Report on the Nagpur School of Medicine, Central Provinces
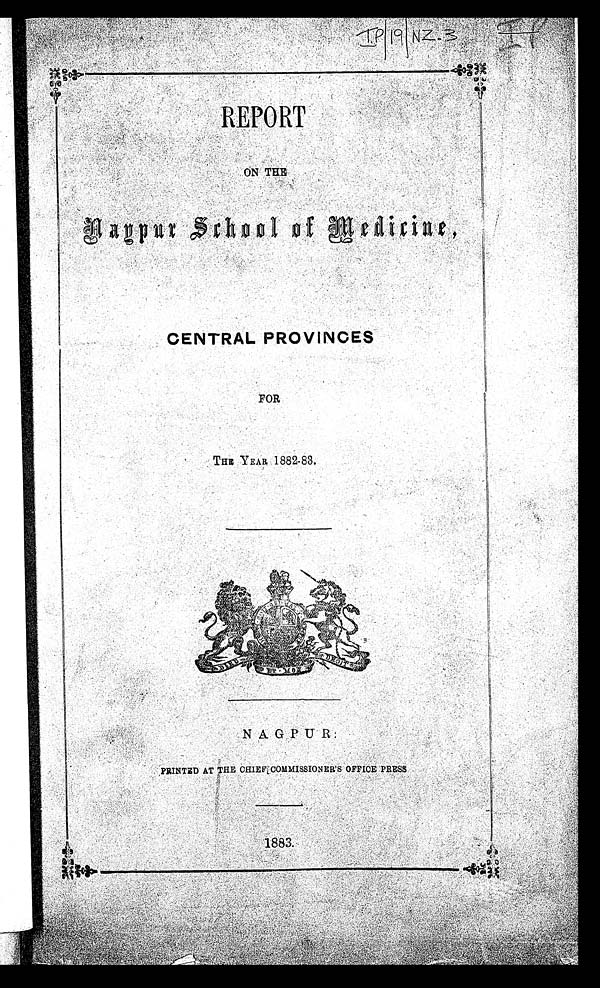
I
.P|19|.NZ.3
IP
REPORT
O N T H E
N a g p u r S c h o o l o f M e d i c i n e ,
CENTRAL PROVINCES
FOR
THE YEAR 1882-83.
NAGPUR:
PRINTED AT THE CHIEF COMMISSIONER'S OFFICE PRESS
1883.